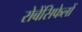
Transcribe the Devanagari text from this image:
रोबेंसिफेलों